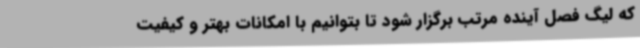
که لیگ فصل آینده مرتب برگزار شود تا بتوانیم با امکانات بهتر و کیفیت